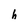
Character: h